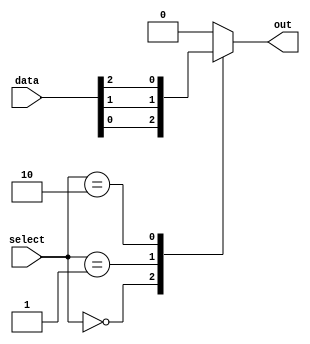
module mux_256_1 (
    input [255:0] data,
    input [7:0] select,
    output reg out
);

always @ (*) begin
    case (select)
        8'b00000000: out = data[0];
        8'b00000001: out = data[1];
        8'b00000010: out = data[2];
        // Add more cases for the remaining inputs
        default: out = 0; // default case
    endcase
end

endmodule